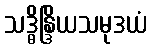
သဒ္ဓိန္ဒြိယသမုဒယံ